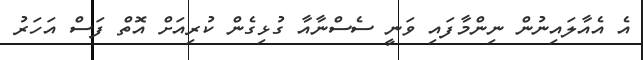
އެ އެއާލައިނުން ނިންމާފައި ވަނީ ސެސްނާއާ ގުޅިގެން ކުރިއަށް އޮތް ފަސް އަހަރު